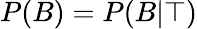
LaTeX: P(B)=P(B|\top)